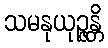
သမနုယုဉ္ဇန္တိ